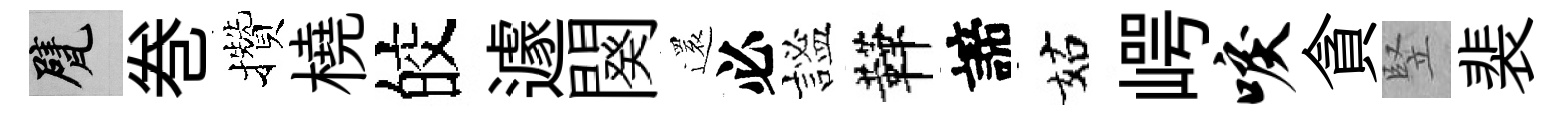
甓巻攢橈皎遽闋還必謐鞾諦姑崿唳貪竪裴